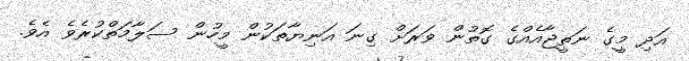
އަދި މީގެ ނަތީޖާއެއްގެ ގޮތުން ވަރަށް ގިނަ އަނިޔާތަކުން މީހުން ސަލާމަތްކުރެވެ އެވެ.